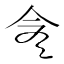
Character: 𠆭